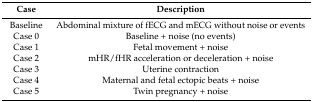
<table><thead><tr><td><b>Case</b></td><td><b>Description</b></td></tr></thead><tbody><tr><td>Baseline</td><td>Abdominal mixture of fECG and mECG without noise or events</td></tr><tr><td>Case 0</td><td>Baseline + noise (no events)</td></tr><tr><td>Case 1</td><td>Fetal movement + noise</td></tr><tr><td>Case 2</td><td>mHR/fHR acceleration or deceleration + noise</td></tr><tr><td>Case 3</td><td>Uterine contraction</td></tr><tr><td>Case 4</td><td>Maternal and fetal ectopic beats + noise</td></tr><tr><td>Case 5</td><td>Twin pregnancy + noise</td></tr></tbody></table>